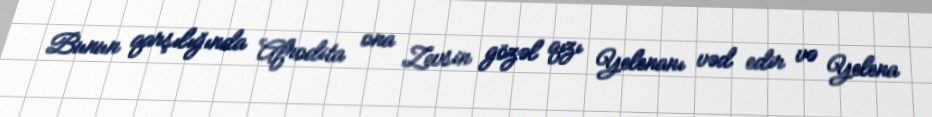
Bunun qarşılığında Afrodita ona Zevsin gözəl qızı Yelenanı vəd edir və Yelena